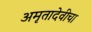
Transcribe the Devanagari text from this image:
अमृतादेवीचा